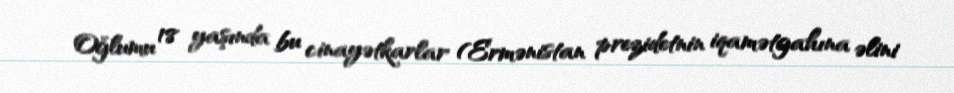
Oğlumu 18 yaşında bu cinayətkarlar (Ermənistan prezidetnin iqamətgahına əlini